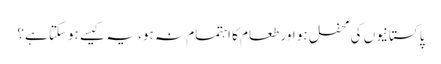
پاکستانیوں کی محفل ہو اور طعام کا اہتمام نہ ہو، یہ کیسے ہوسکتا ہے؟